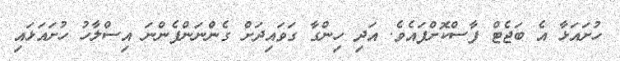
ހުށައަޅާ އެ ބަޖެޓް ފާސްކޮށްފައެވެ. އަދި ހިންގާ ގަވައިދަށް ގެންނަންފެންނަ އިސްލާހު ހުށައަޅައި